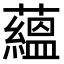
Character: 蘊